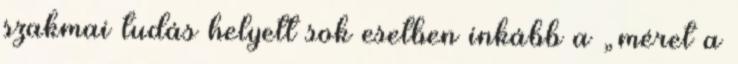
szakmai tudás helyett sok esetben inkább a „méret a